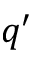
q ^ { \prime }